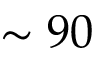
\sim 9 0